65_HS1-834228961_62-HQ-83894_Section_7
Agency: FBI
Page 187
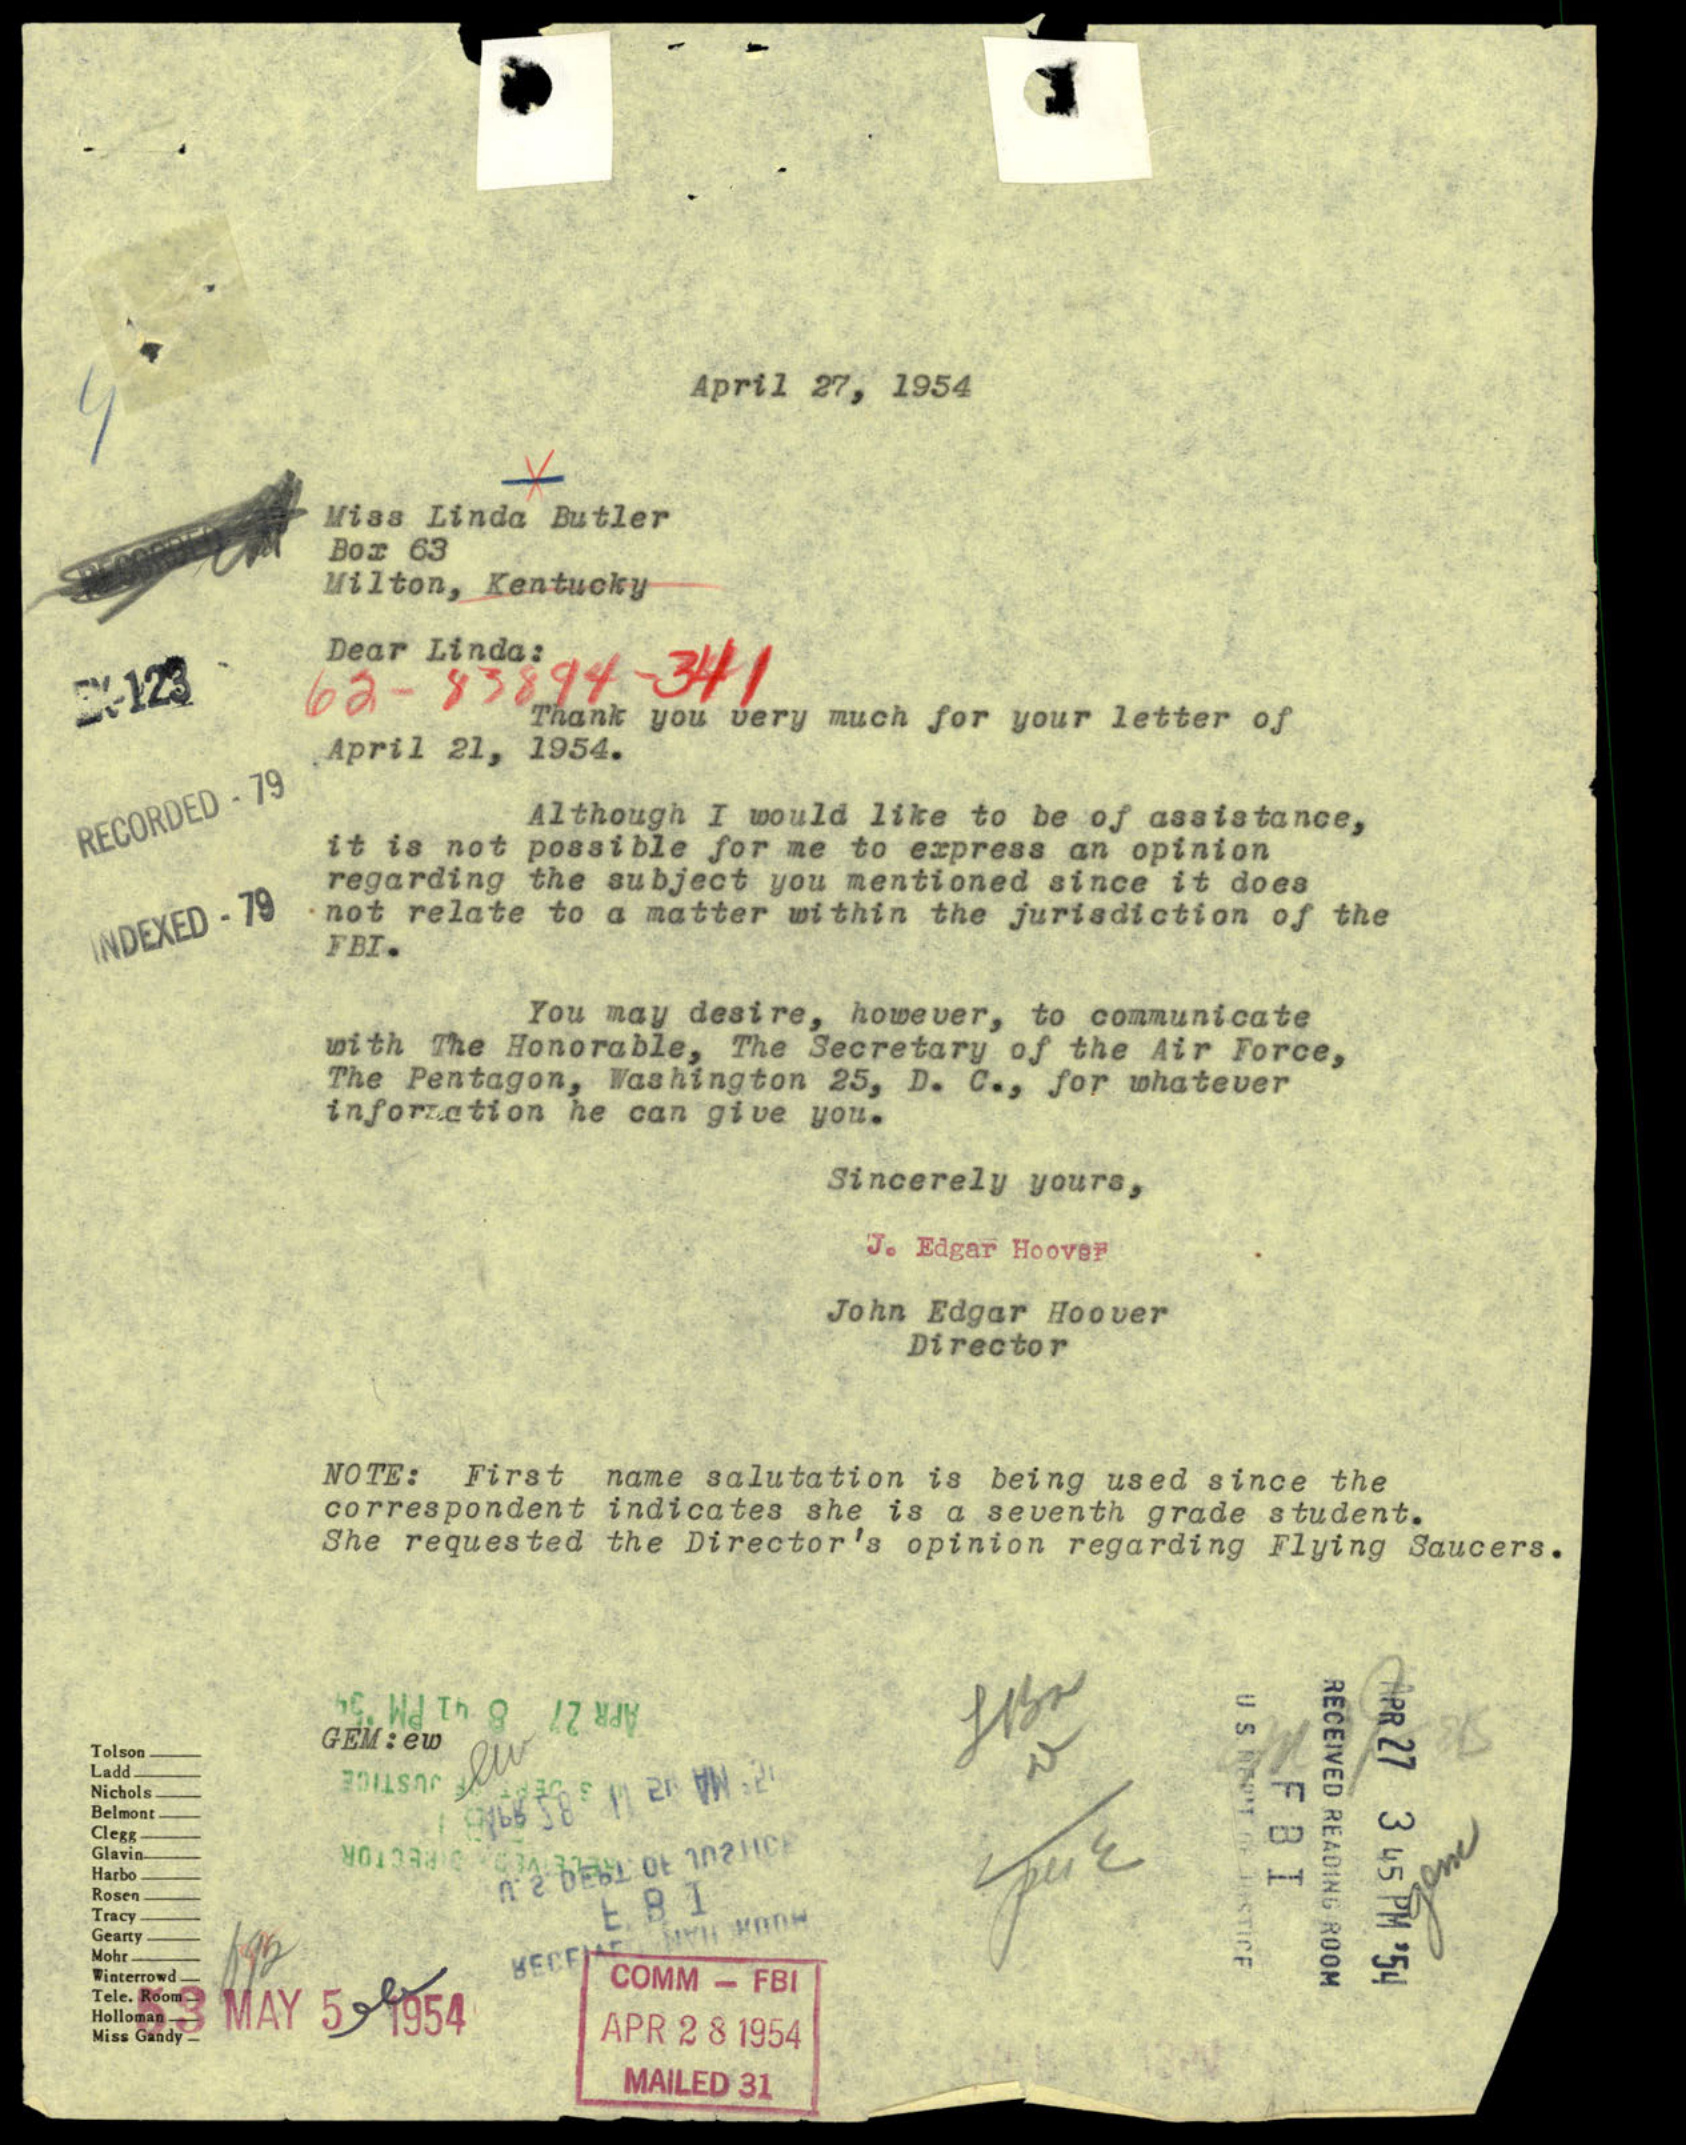